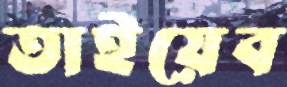
তাইয়েব